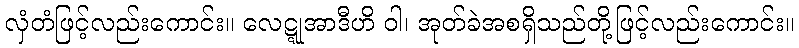
လှံတံဖြင့်လည်းကောင်း။ လေဋ္ဋုအာဒီဟိ ဝါ၊ အုတ်ခဲအစရှိသည်တို့ဖြင့်လည်းကောင်း။